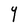
Character: Y